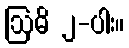
ဩဓိ ၂-ပါး။